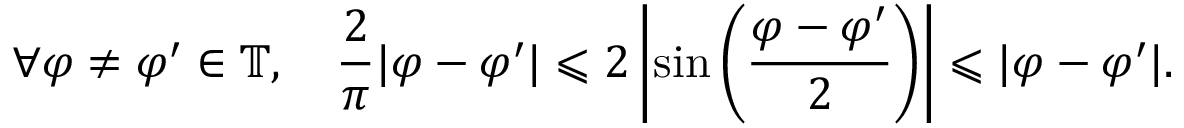
\forall \varphi \neq \varphi ^ { \prime } \in \mathbb { T } , \quad \frac { 2 } { \pi } | \varphi - \varphi ^ { \prime } | \leqslant 2 \left| \sin \left( \frac { \varphi - \varphi ^ { \prime } } { 2 } \right) \right| \leqslant | \varphi - \varphi ^ { \prime } | .